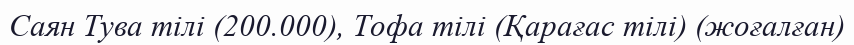
Саян Тува тілі (200.000), Тофа тілі (Қарағас тілі) (жоғалған)